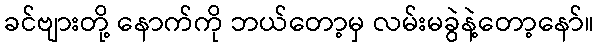
ခင်ဗျားတို့ နောက်ကို ဘယ်တော့မှ လမ်းမခွဲနဲ့တော့နော်။